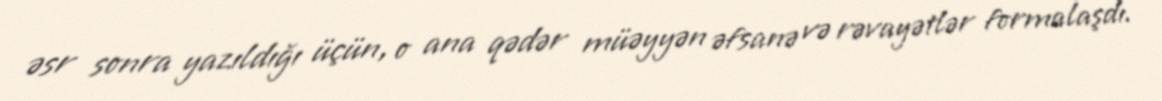
əsr sonra yazıldığı üçün, o ana qədər müəyyən əfsanə və rəvayətlər formalaşdı.